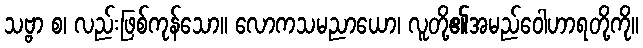
သဗ္ဗာ စ၊ လည်းဖြစ်ကုန်သော။ လောကသမညာယော၊ လူတို့၏အမည်ဝေါဟာရတို့ကို။